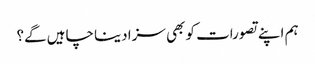
ہم اپنے تصورات کو بھی سزا دینا چاہیں گے؟